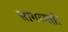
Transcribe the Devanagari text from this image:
सागरमती